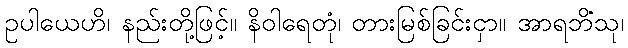
ဥပါယေဟိ၊ နည်းတို့ဖြင့်။ နိဝါရေတုံ၊ တားမြစ်ခြင်းငှာ။ အာရဘိံသု၊